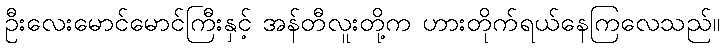
ဦးလေးမောင်မောင်ကြီးနှင့် အန်တီလူးတို့က ဟားတိုက်ရယ်နေကြလေသည်။